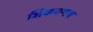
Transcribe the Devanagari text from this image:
शिकवणच